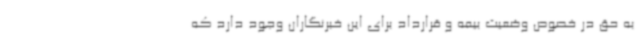
به حق در خصوص وضعیت بیمه و قرارداد برای این خبرنگاران وجود دارد که